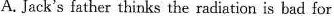
A.Jack's father thinks the radiation is bad for